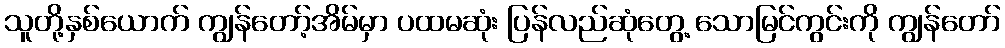
သူတို့နှစ်ယောက် ကျွန်တော့်အိမ်မှာ ပထမဆုံး ပြန်လည်ဆုံတွေ့ သောမြင်ကွင်းကို ကျွန်တော်